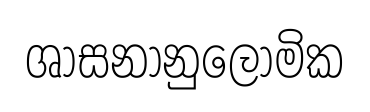
ශාසනානුලෝමික